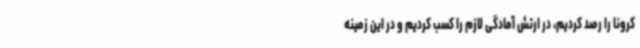
کرونا را رصد کردیم، در ارتش آمادگی لازم را کسب کردیم و در این زمینه